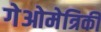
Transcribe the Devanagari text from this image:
गेओमेत्रिकी